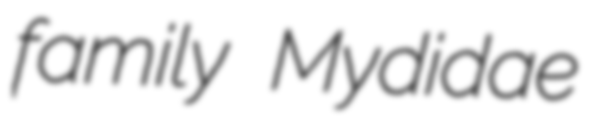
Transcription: family Mydidae